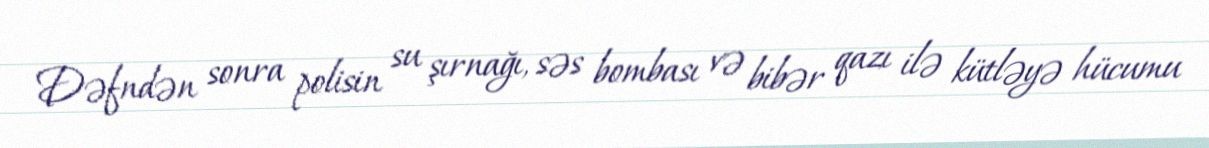
Dəfndən sonra polisin su şırnağı, səs bombası və bibər qazı ilə kütləyə hücumu